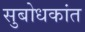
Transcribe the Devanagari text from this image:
सुबोधकांत